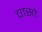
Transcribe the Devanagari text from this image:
चासो